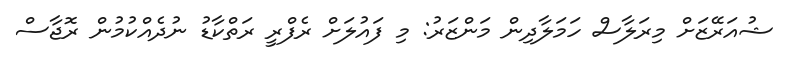
ޝުއަރޭޒަށް މިރަލާސް ހަމަލާދިން މަންޒަރު: މި ފައުލަށް ރެފްރީ ރަތްކާޑު ނުދެއްކުމުން ރޮޖާސް